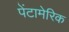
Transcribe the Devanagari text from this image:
पेंटामेरिक